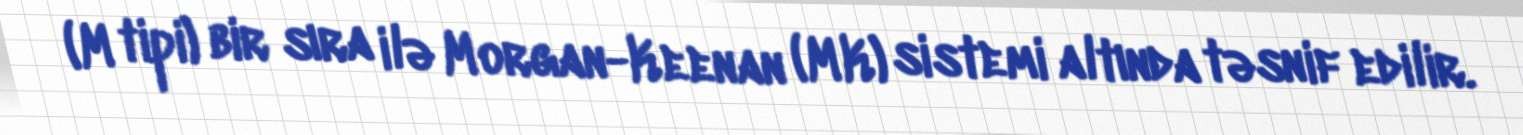
(M tipi) bir sıra ilə Morgan-Keenan (MK) sistemi altında təsnif edilir.